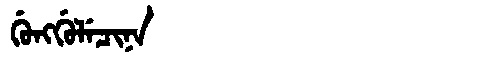
Manchu: ᡤᡠᠩᡤᡠᠯᡝᠴᡳᠨᠠ
Romanization: GUNGGULECINA